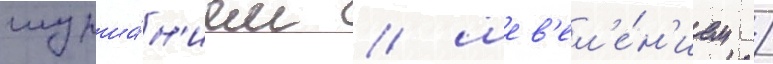
шурша́н'ием / шев'ел'е́н'ием /